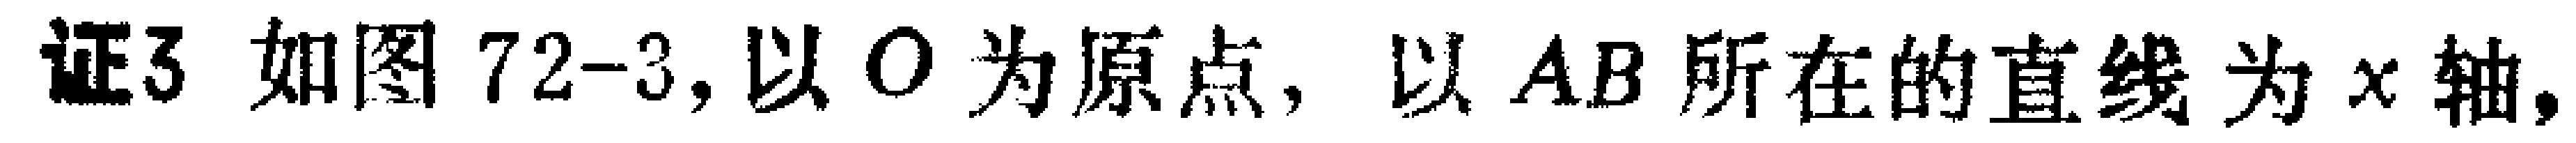
证3 如图72-3,以\(O\)为原点, 以\(AB\)所在的直线为\(x\)轴,